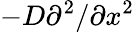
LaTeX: -D\partial^{2}/\partial x^{2}